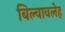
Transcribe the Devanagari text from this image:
बिल्वावलेह